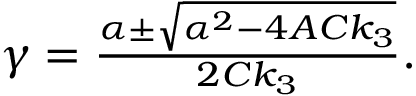
\begin{array} { r } { \gamma = \frac { \alpha \pm \sqrt { \alpha ^ { 2 } - 4 A C k _ { 3 } } } { 2 C k _ { 3 } } . } \end{array}